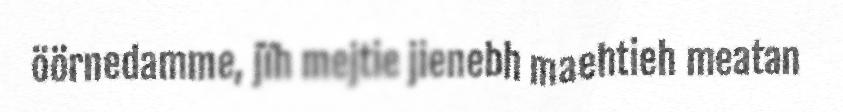
öörnedamme, jïh mejtie jienebh maehtieh meatan